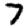
Digit: 7